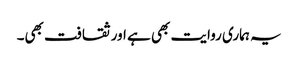
یہ ہماری روایت بھی ہے اور ثقافت بھی۔